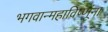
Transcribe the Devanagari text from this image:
भगवान्महाविष्णूंना